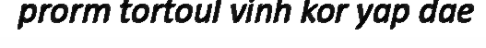
prorm tortoul vinh kor yap dae